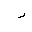
Letter: _ra